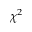
\chi ^ { 2 }